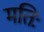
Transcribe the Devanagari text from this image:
मतिः